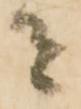
者